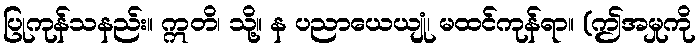
ပြုကုန်သနည်း။ ဣတိ၊ သို့။ န ပညာယေယျုံ၊ မထင်ကုန်ရာ။ (ဤအမှုကို